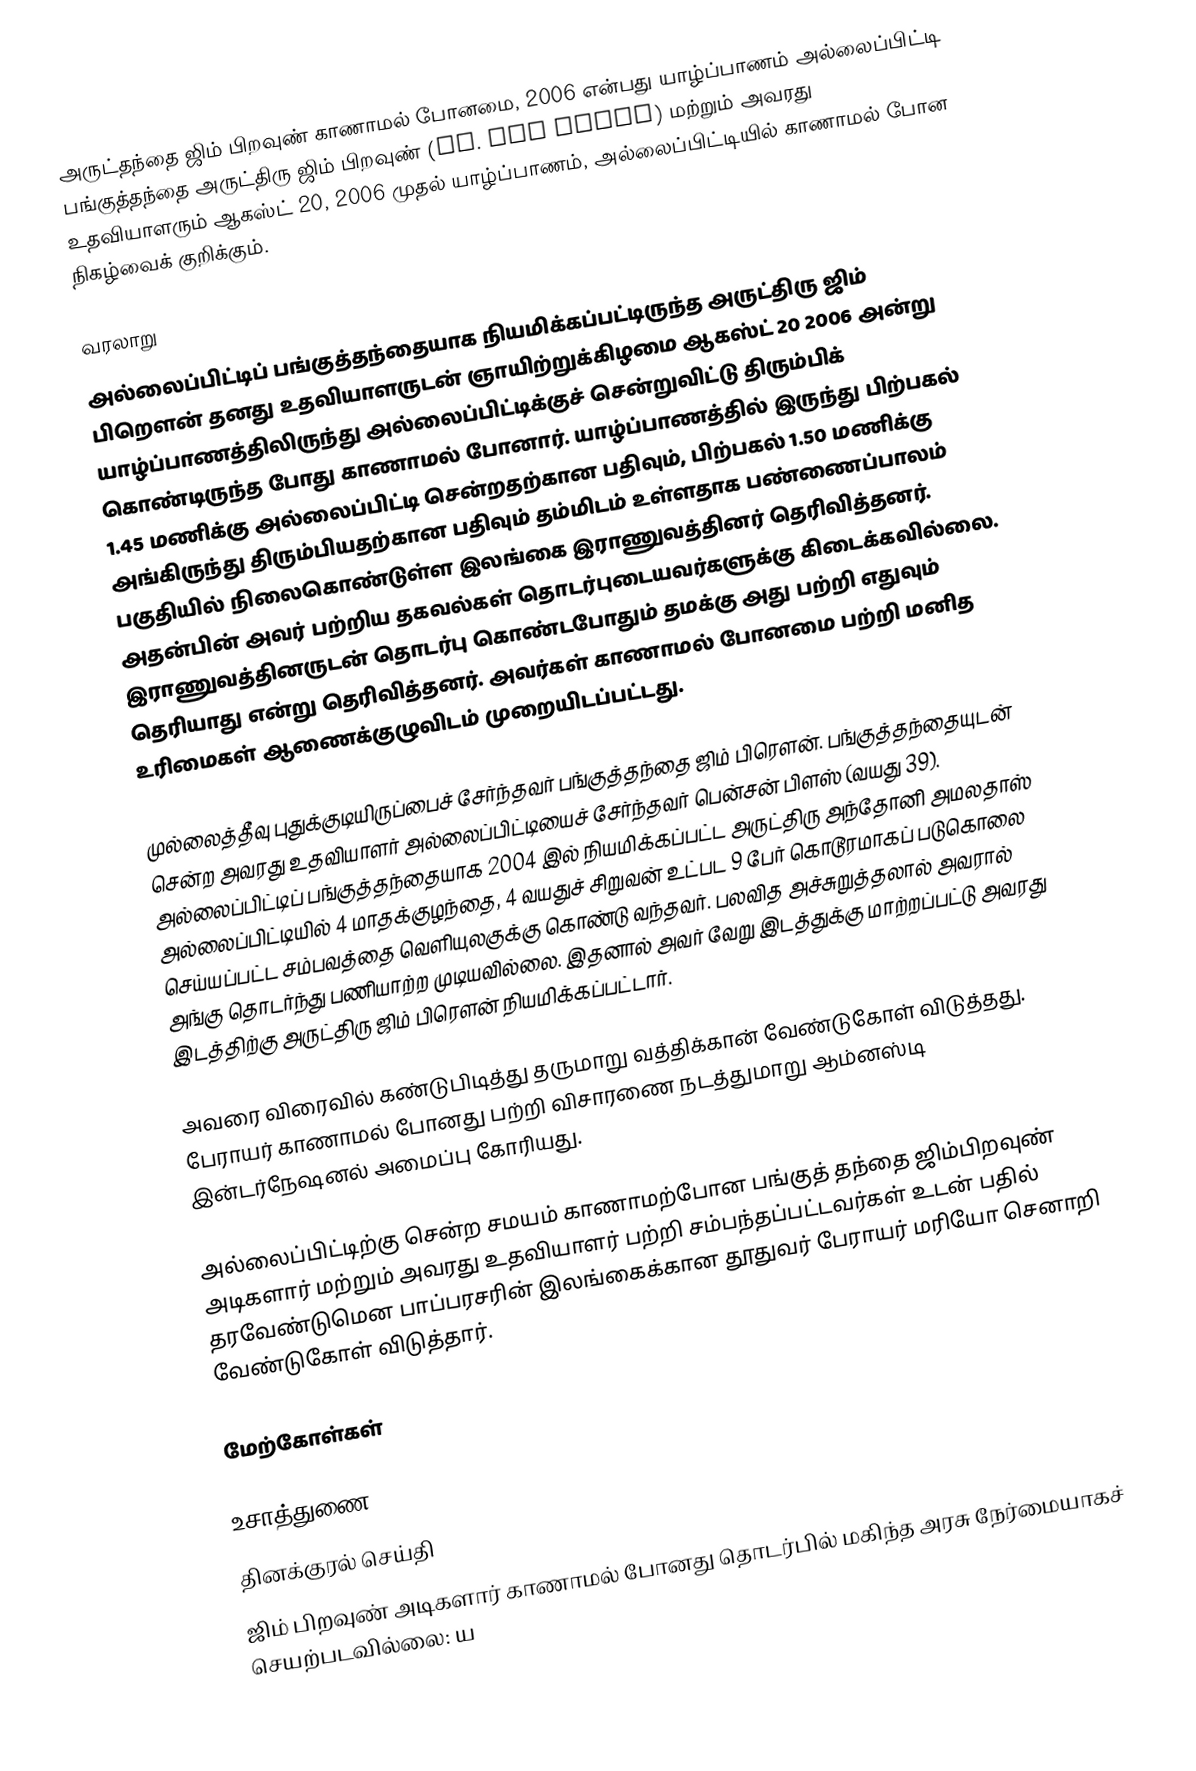
அருட்தந்தை ஜிம் பிறவுண் காணாமல் போனமை, 2006 என்பது யாழ்ப்பாணம் அல்லைப்பிட்டி பங்குத்தந்தை அருட்திரு ஜிம் பிறவுண் (Fr. Jim Brown) மற்றும் அவரது உதவியாளரும் ஆகஸ்ட் 20, 2006 முதல் யாழ்ப்பாணம், அல்லைப்பிட்டியில் காணாமல் போன நிகழ்வைக் குறிக்கும்.

வரலாறு
அல்லைப்பிட்டிப் பங்குத்தந்தையாக நியமிக்கப்பட்டிருந்த அருட்திரு ஜிம் பிறெளன் தனது உதவியாளருடன் ஞாயிற்றுக்கிழமை ஆகஸ்ட் 20 2006 அன்று யாழ்ப்பாணத்திலிருந்து அல்லைப்பிட்டிக்குச் சென்றுவிட்டு திரும்பிக் கொண்டிருந்த போது காணாமல் போனார். யாழ்ப்பாணத்தில் இருந்து பிற்பகல் 1.45 மணிக்கு அல்லைப்பிட்டி சென்றதற்கான பதிவும், பிற்பகல் 1.50 மணிக்கு அங்கிருந்து திரும்பியதற்கான பதிவும் தம்மிடம் உள்ளதாக பண்ணைப்பாலம் பகுதியில் நிலைகொண்டுள்ள இலங்கை இராணுவத்தினர் தெரிவித்தனர். அதன்பின் அவர் பற்றிய தகவல்கள் தொடர்புடையவர்களுக்கு கிடைக்கவில்லை. இராணுவத்தினருடன் தொடர்பு கொண்டபோதும் தமக்கு அது பற்றி எதுவும் தெரியாது என்று தெரிவித்தனர். அவர்கள் காணாமல் போனமை பற்றி மனித உரிமைகள் ஆணைக்குழுவிடம் முறையிடப்பட்டது.

முல்லைத்தீவு புதுக்குடியிருப்பைச் சேர்ந்தவர் பங்குத்தந்தை ஜிம் பிரௌன். பங்குத்தந்தையுடன் சென்ற அவரது உதவியாளர் அல்லைப்பிட்டியைச் சேர்ந்தவர் பென்சன் பிளஸ் (வயது 39). அல்லைப்பிட்டிப் பங்குத்தந்தையாக 2004 இல் நியமிக்கப்பட்ட அருட்திரு அந்தோனி அமலதாஸ் அல்லைப்பிட்டியில் 4 மாதக்குழந்தை, 4 வயதுச் சிறுவன் உட்பட 9 பேர் கொடூரமாகப் படுகொலை செய்யப்பட்ட சம்பவத்தை வெளியுலகுக்கு கொண்டு வந்தவர். பலவித அச்சுறுத்தலால் அவரால் அங்கு தொடர்ந்து பணியாற்ற முடியவில்லை. இதனால் அவர் வேறு இடத்துக்கு மாற்றப்பட்டு அவரது இடத்திற்கு அருட்திரு ஜிம் பிரௌன் நியமிக்கப்பட்டார்.

அவரை விரைவில் கண்டுபிடித்து தருமாறு வத்திக்கான் வேண்டுகோள் விடுத்தது. பேராயர் காணாமல் போனது பற்றி விசாரணை நடத்துமாறு ஆம்னஸ்டி இன்டர்நேஷனல் அமைப்பு கோரியது.

அல்லைப்பிட்டிற்கு சென்ற சமயம் காணாமற்போன பங்குத் தந்தை ஜிம்பிறவுண் அடிகளார் மற்றும் அவரது உதவியாளர் பற்றி சம்பந்தப்பட்டவர்கள் உடன் பதில் தரவேண்டுமென பாப்பரசரின் இலங்கைக்கான தூதுவர் பேராயர் மரியோ செனாறி வேண்டுகோள் விடுத்தார்.

மேற்கோள்கள்

உசாத்துணை
 தினக்குரல் செய்தி
 ஜிம் பிறவுண் அடிகளார் காணாமல் போனது தொடர்பில் மகிந்த அரசு நேர்மையாகச் செயற்படவில்லை: ய